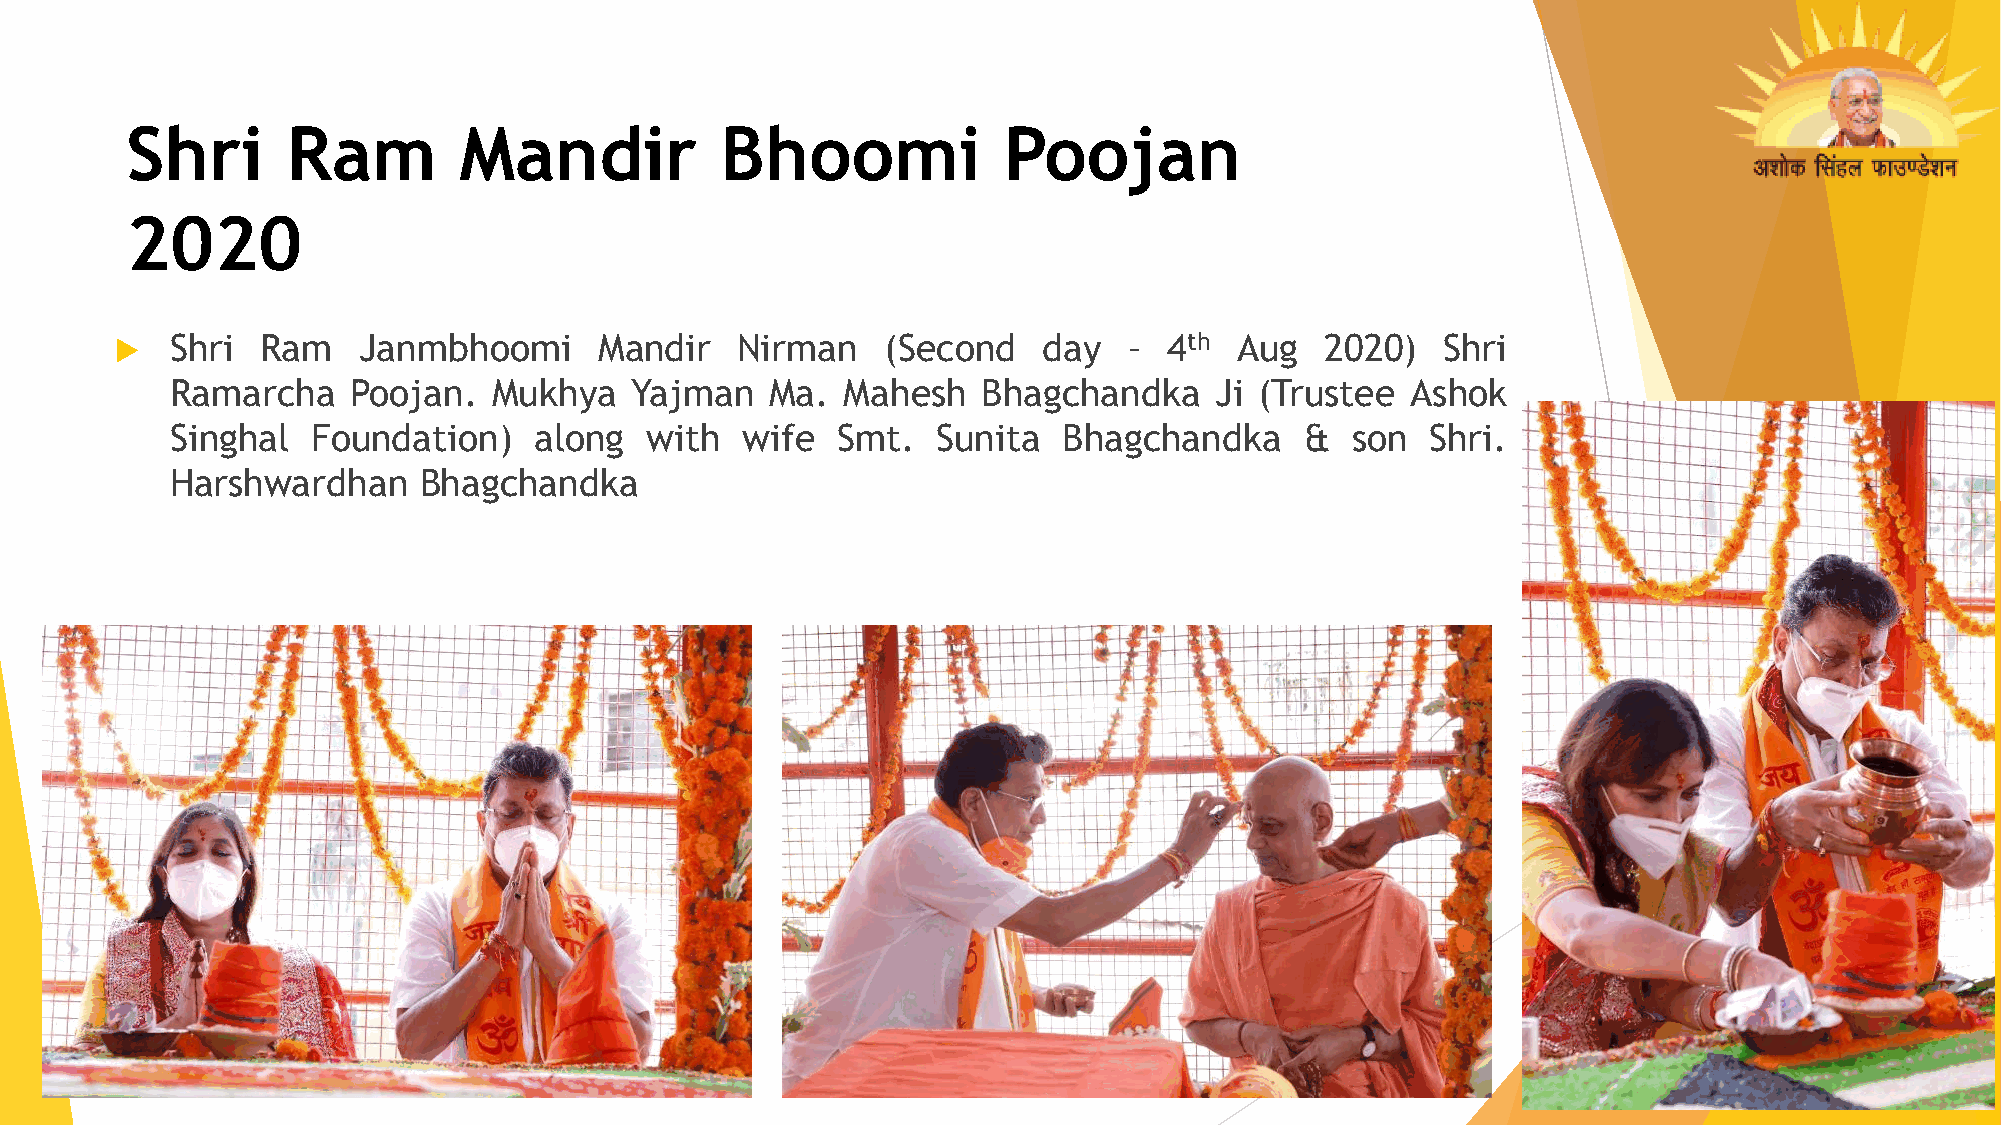
Shri       Ram        Mandir            Bhoomi            Poojan
 2020
   Shri  Ram    Janmbhoomi      Mandir   Nirman   (Second    day   – 4th  Aug   2020)   Shri
 Ramarcha    Poojan.   Mukhya   Yajman   Ma.  Mahesh   Bhagchandka    Ji (Trustee  Ashok
 Singhal   Foundation)   along   with  wife  Smt.   Sunita  Bhagchandka     &  son   Shri.
 Harshwardhan     Bhagchandka